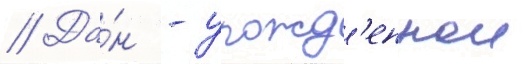
// Да́н - урожд'еннои